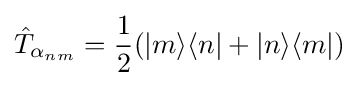
{\hat {T}}_{\alpha _{nm}}={\frac {1}{2}}(|m\rangle \langle n|+|n\rangle \langle m|)